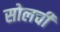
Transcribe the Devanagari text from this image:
सोलची